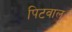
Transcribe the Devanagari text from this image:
पिटवाल